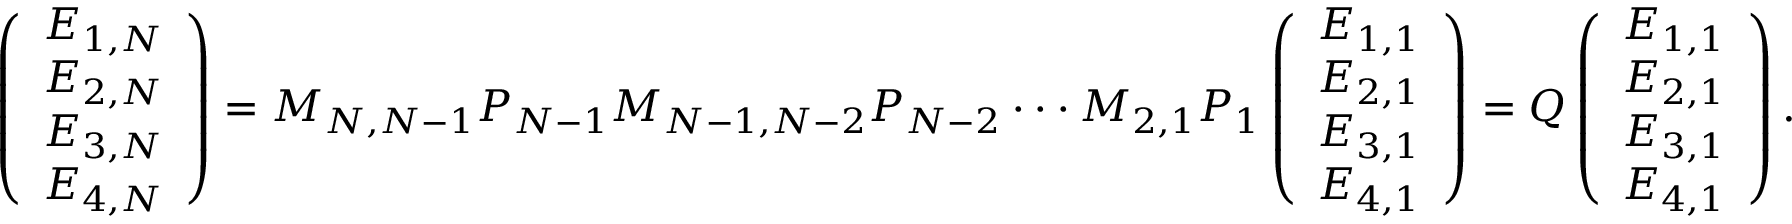
\left( \begin{array} { c } { E _ { 1 , N } } \\ { E _ { 2 , N } } \\ { E _ { 3 , N } } \\ { E _ { 4 , N } } \end{array} \right) = \boldsymbol { M _ { N , N - 1 } P _ { N - 1 } M _ { N - 1 , N - 2 } P _ { N - 2 } } \cdot \cdot \cdot \boldsymbol { M _ { 2 , 1 } P _ { 1 } } \left( \begin{array} { c } { E _ { 1 , 1 } } \\ { E _ { 2 , 1 } } \\ { E _ { 3 , 1 } } \\ { E _ { 4 , 1 } } \end{array} \right) = \boldsymbol { Q } \left( \begin{array} { c } { E _ { 1 , 1 } } \\ { E _ { 2 , 1 } } \\ { E _ { 3 , 1 } } \\ { E _ { 4 , 1 } } \end{array} \right) .